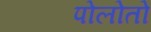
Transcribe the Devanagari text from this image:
पोलोतो